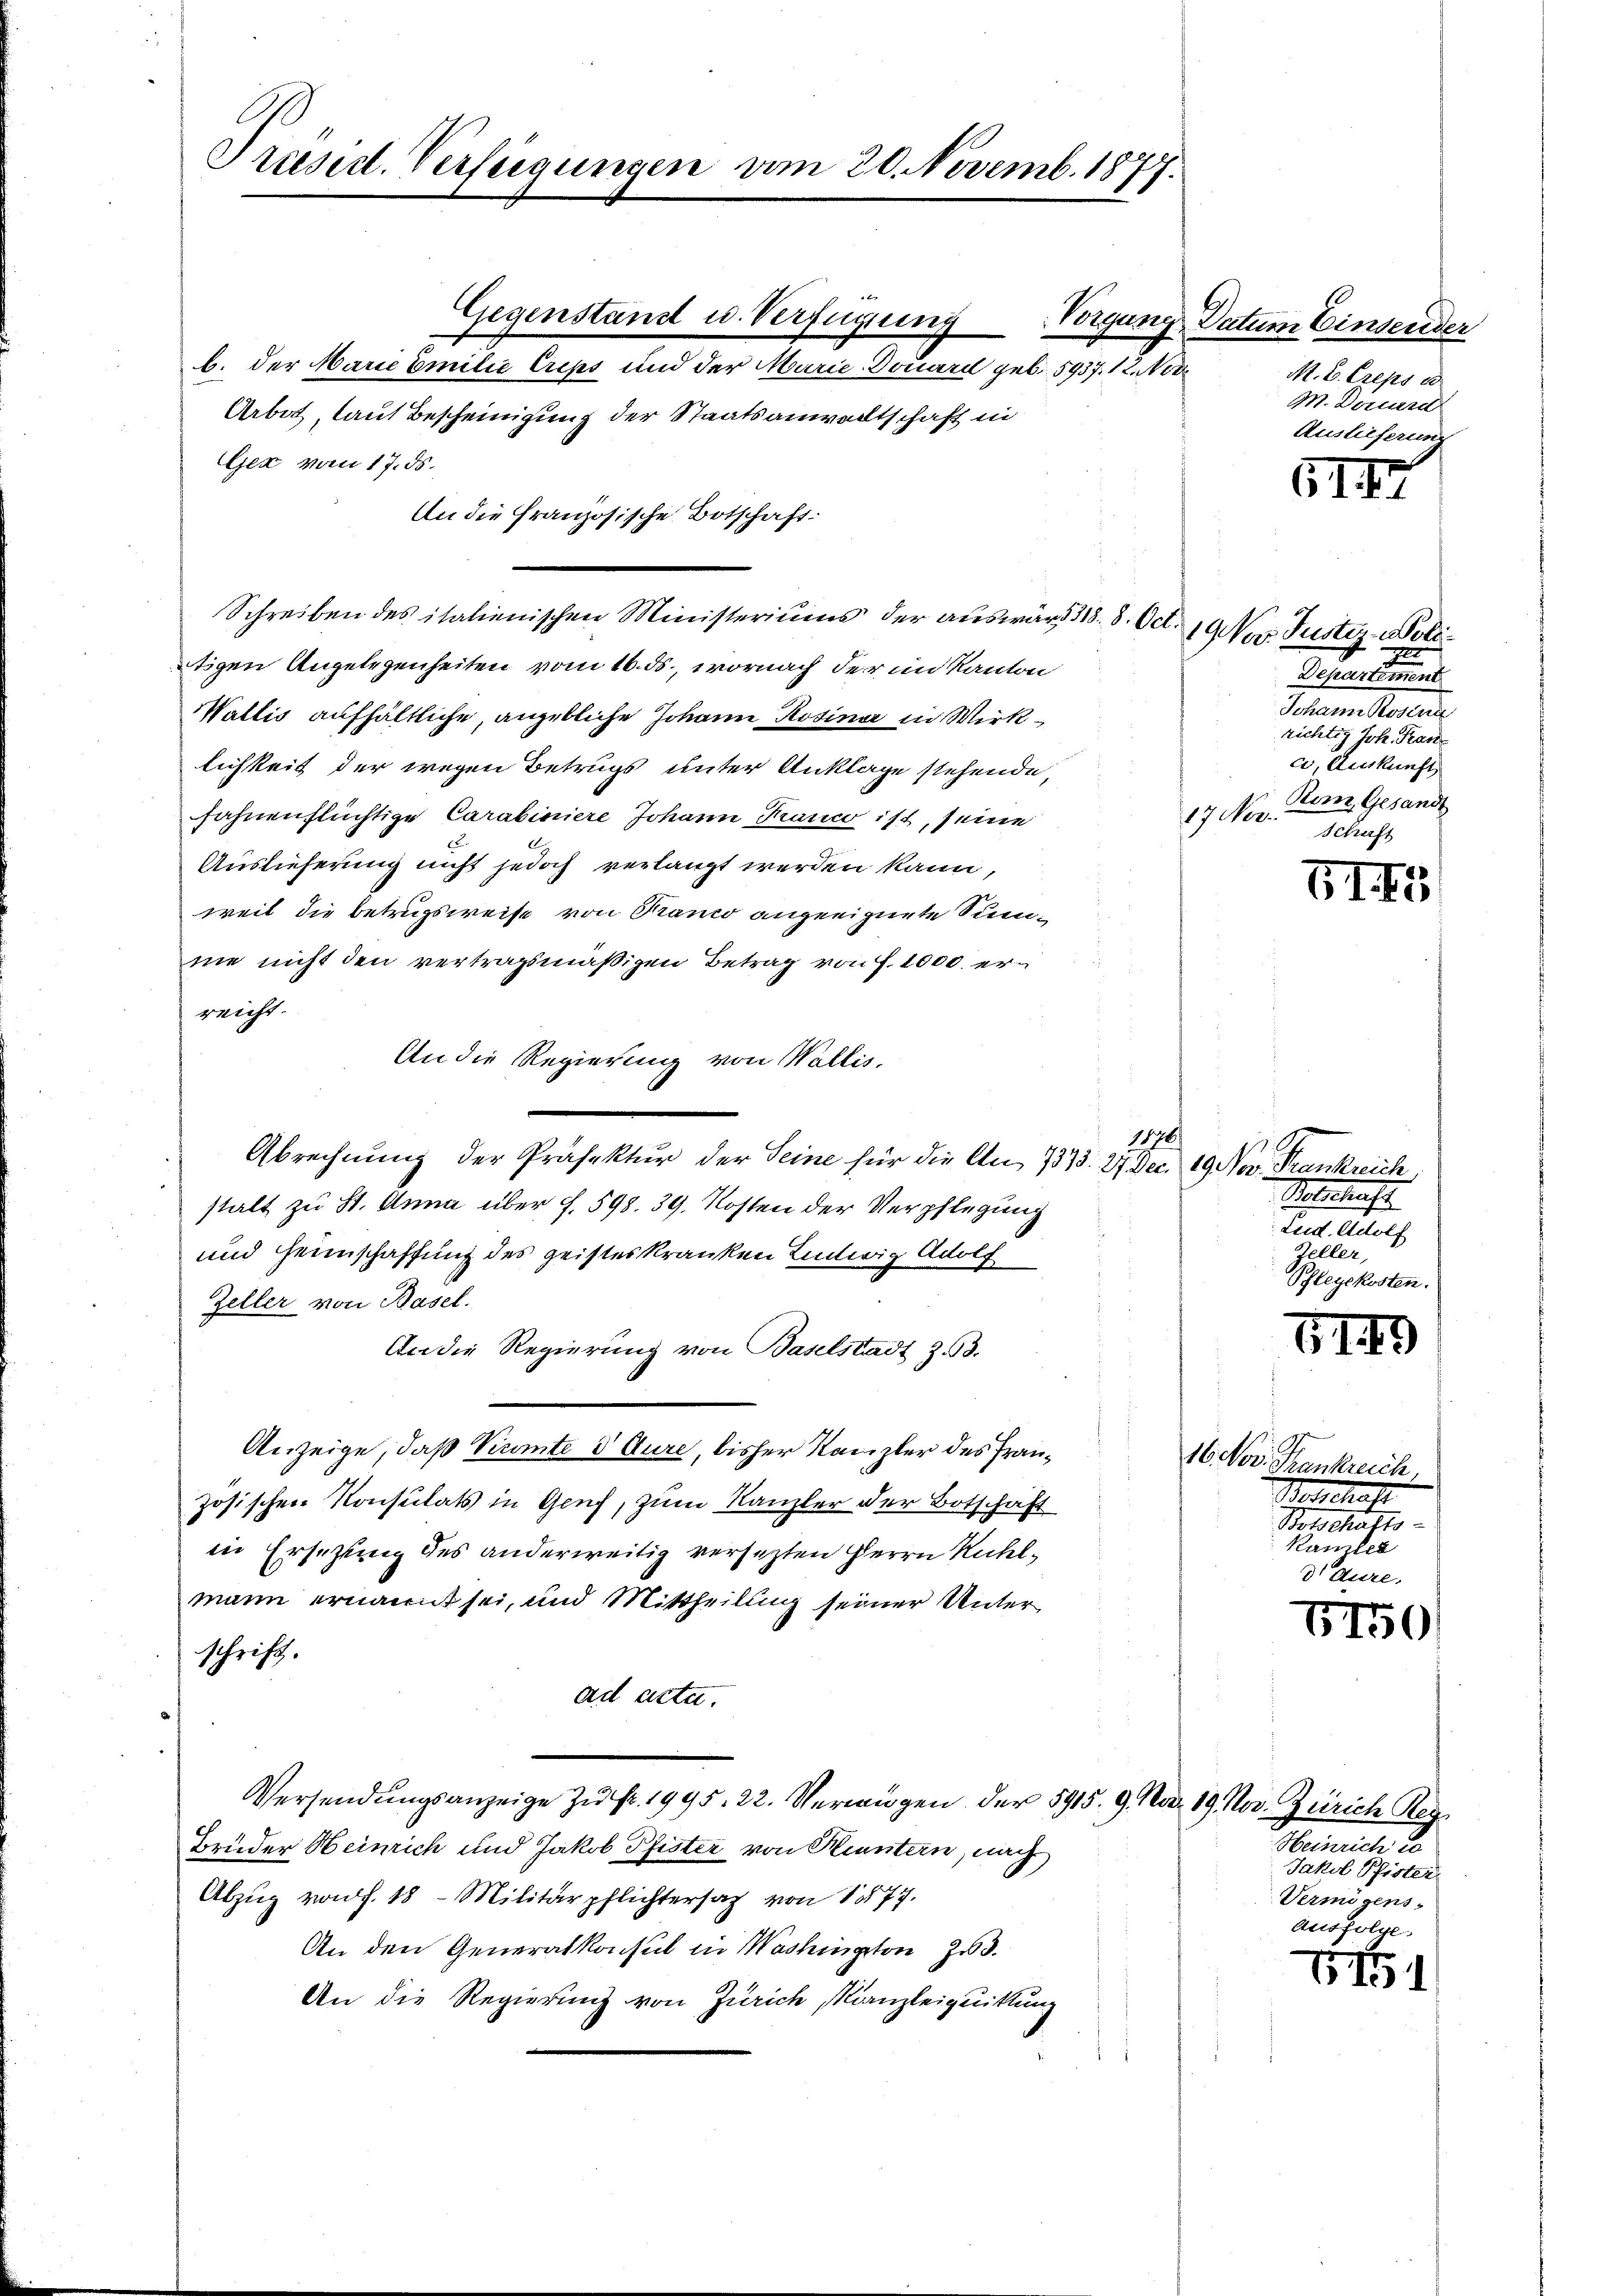
Präsid. Verfügungen vom 20. Novemb. 1877.

Arbot, laut Bescheinigung der Staatsanwaltschaft in
Gex vom 17. ds.
An die Französische Botschaft:
Schreiben des italienischen Ministeriums der auswärd 318. 8. Oct.
tigen Angelegenheiten vom 16. ds., wornach der in Kanton
Wallis aufhältliche, angebliche Johann Rosinar in Wirklichkeit der wegen Betrugs unter Anklage stehende,
fahnenflüchtige Carabiniere Johann Kranco ist, seine
Auslieferung nicht jedoch verlangt werden kann,
weil die Betrugsweise von Kranco angeeignete Summe nicht den vertragsmäßigen Betrag von f. 1000. erreicht.
An die Regierung von Wallis,
Abrechnung der Präfektur der Seine für die An- 7373. 27. Dec. 19 Nov. Frankreich
stalt zu St. Anna über f. 598. 39. Kosten der Verpflegung
und Heimschaffung des geisteskranken Lintwig Adolf
Zeller von Basel.
An die Regierung von Baselstadt Z. 33.
Anzeige, daß Verante 3 Aure, bisher Kanzler des Französischen Konsulats in Genf, zum Kanzler der Botschaft
in Ersetzung des anderweitig versetzten Herrn Rühlmann ernannt sei, und Mittheilung seiner Unterschrift.
ad acte.
Versendŭngsanzeige zŭ Fr. 1995. 22. Vermögen der 5915. 9. Mai 19 Nov. Zürich Reg
Brüder Heinrich und Jakob Pfister von Kenntern, nach
Abzŭg von f. 18 Militärpflichtersaz von 177.
An den Generalkonsul in Washington zu.
An die Regierung von Zürich, Kanzleiquittung

Gegenstand u. Verfügung
b. der Marie Emilie Creps und der Marie-Douard geb. 5937. 12. Nov

Vorgung Datum Einsender

M. E. Creps e
M. Denund
Auslieferung

5II

9 Nov. Justiz-Poli¬
E
Departement
Johann Rosena
richtig Joh. Fran
c, Auskunft
Remn Gesandt
17. Nor
Schaft

GI 5

147
Stiftstraft
Lud. Adolf
Zeller,
Phlegekosten.

GII

16 Nov. Frankreich,
otschaft
Botschafts-
kanzle

6450

Heinrich de
Jakob Pfister
Vermögens-
Ausfolge

7751